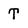
Character: T